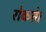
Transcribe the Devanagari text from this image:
रोकते।